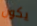
يكون